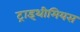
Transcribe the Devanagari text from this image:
ट्राइथीमियस